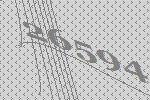
26594